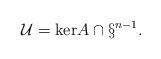
LaTeX: \begin{align*}\mathcal{U} = \mathrm{ker} A \cap \S^{n-1}. \end{align*}